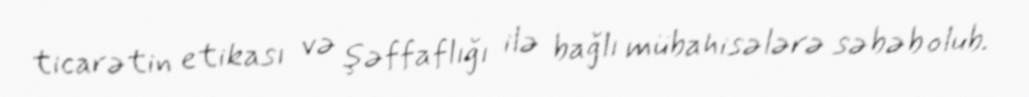
ticarətin etikası və şəffaflığı ilə bağlı mübahisələrə səbəb olub.